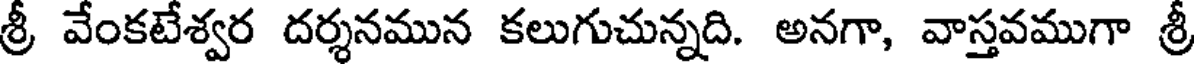
శ్రీ వేంకటేశ్వర దర్శనమున కలుగుచున్నది. అనగా, వాస్తవముగా శ్రీ